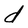
Character: d